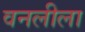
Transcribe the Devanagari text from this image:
वनलीला